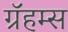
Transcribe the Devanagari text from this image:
ग्रॅहम्स